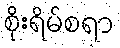
စိုးရိမ်စရာ